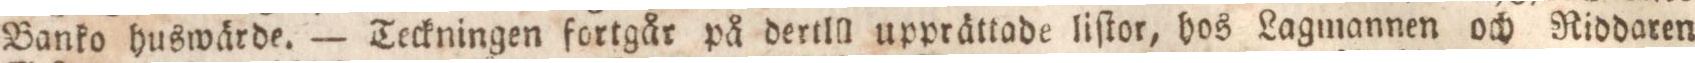
Banko huswärde. — Teckningen fortgår på dertill upprättade liſtor, hos Lagmannen och Riddaren